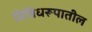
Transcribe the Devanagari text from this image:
विविधरूपातील